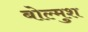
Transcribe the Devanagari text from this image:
बोल्मुश